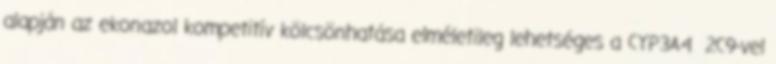
alapján az ekonazol kompetitív kölcsönhatása elméletileg lehetséges a CYP3A4 2C9-vel